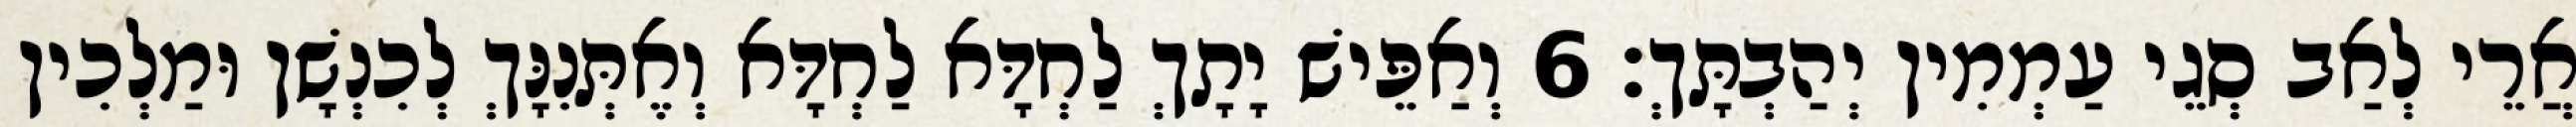
אֲרֵי לְאַב סְגֵי עַמְמִין יְהַבְתָּךְ׃ 6 וְאַפֵּישׁ יָתָךְ לַחְדָּא לַחְדָּא וְאֶתְּנִנָּךְ לְכִנְשָׁן וּמַלְכִין